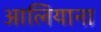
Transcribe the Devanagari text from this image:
आलियाना